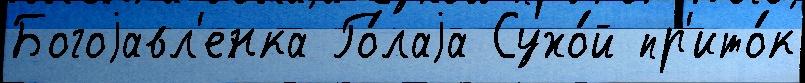
Богоjавл'енка Го́лаjа Сухо́й пр'ито́к